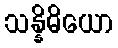
သန္နိဓိယော